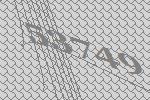
53749